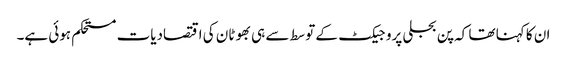
ان کا کہنا تھا کہ پن بجلی پروجیکٹ کے توسط سے ہی بھوٹان کی اقتصادیات مستحکم ہوئی ہے۔